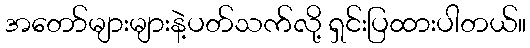
အတော်များများနဲ့ပတ်သက်လို့ ရှင်းပြထားပါတယ်။